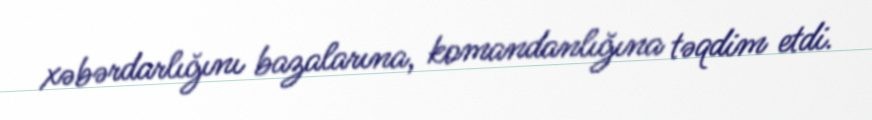
xəbərdarlığını bazalarına, komandanlığına təqdim etdi.